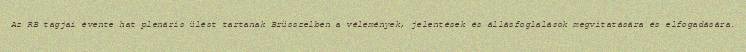
Az RB tagjai évente hat plenáris ülést tartanak Brüsszelben a vélemények, jelentések és állásfoglalások megvitatására és elfogadására.